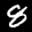
Label: 8